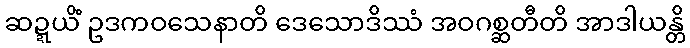
ဆဍ္ဍယိံ ဥဒကဝသေနာတိ ဒေသောဒိဿံ အဝဂစ္ဆတီတိ အာဒါယန္တိ